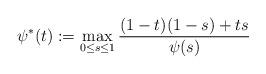
LaTeX: \begin{align*}\psi^*(t) := \max_{0 \le s \le 1} \frac{(1 - t)(1 - s) + t s}{\psi(s)}\end{align*}